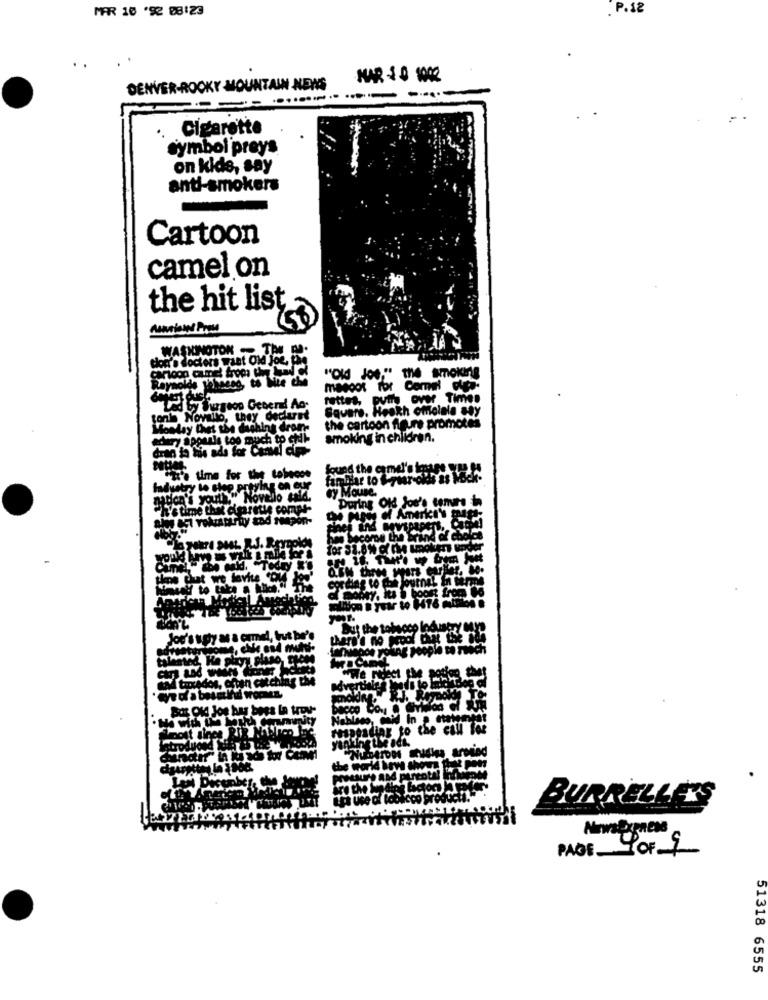
MFR 10 '92 08123
. P. 12
NAR -10 1002
DENVER-ROCKY MOUNTAIN NEWS
Cigarette
symbol preys
on kids, say
anti-smokers
Cartoon
camel on
the hit list
WASHINGTON - THE P.
cloit's doctors want Old Joe, the
maggot for Come! die-
fettes, putty over Times
re. Heokh omolale sty
tonie Novauto, they dechuret
Monday Diet the dashing drom
the cartoon figure promotes
edury appeals too much to cil-
smoking in children.
It's time for the tobecos
Findhar to f-year okis as Moc
ey Mouse.
"He's youth." Novelo sald.
During Old Jou's tome in
"h'stime the aimretts compr-
H H AmerkIs
dry
o Chat we dovite
ML M
to main
Austry
be wick u
post
the adk.
the war
BURRELLE'S
PAGE 1OF1
51318 6555